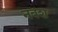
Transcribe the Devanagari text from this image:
नबश